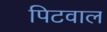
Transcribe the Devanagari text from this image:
पिटवाल